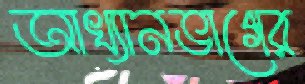
আখ্যানভাগের